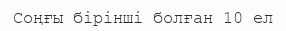
Соңғы бірінші болған 10 ел